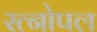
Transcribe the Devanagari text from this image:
रत्नोपल